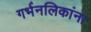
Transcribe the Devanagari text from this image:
गर्भनलिकांना